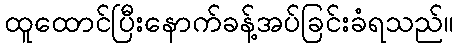
ထူထောင်ပြီးနောက်ခန့်အပ်ခြင်းခံရသည်။